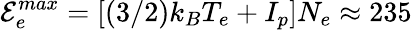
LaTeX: \mathcal{E}_{e}^{max}=\left[\left(3/2\right)k_{B}T_{e}+I_{p}\right]N_{e}\approx 235